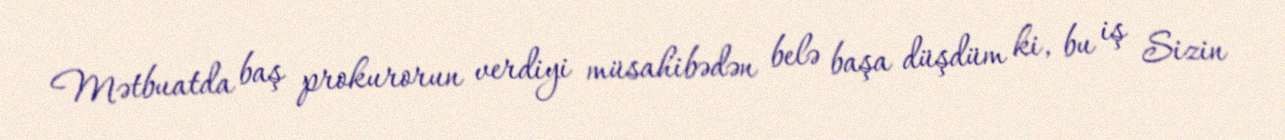
Mətbuatda baş prokurorun verdiyi müsahibədən belə başa düşdüm ki, bu iş Sizin